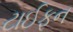
ટાઈફૂન